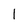
Character: 1